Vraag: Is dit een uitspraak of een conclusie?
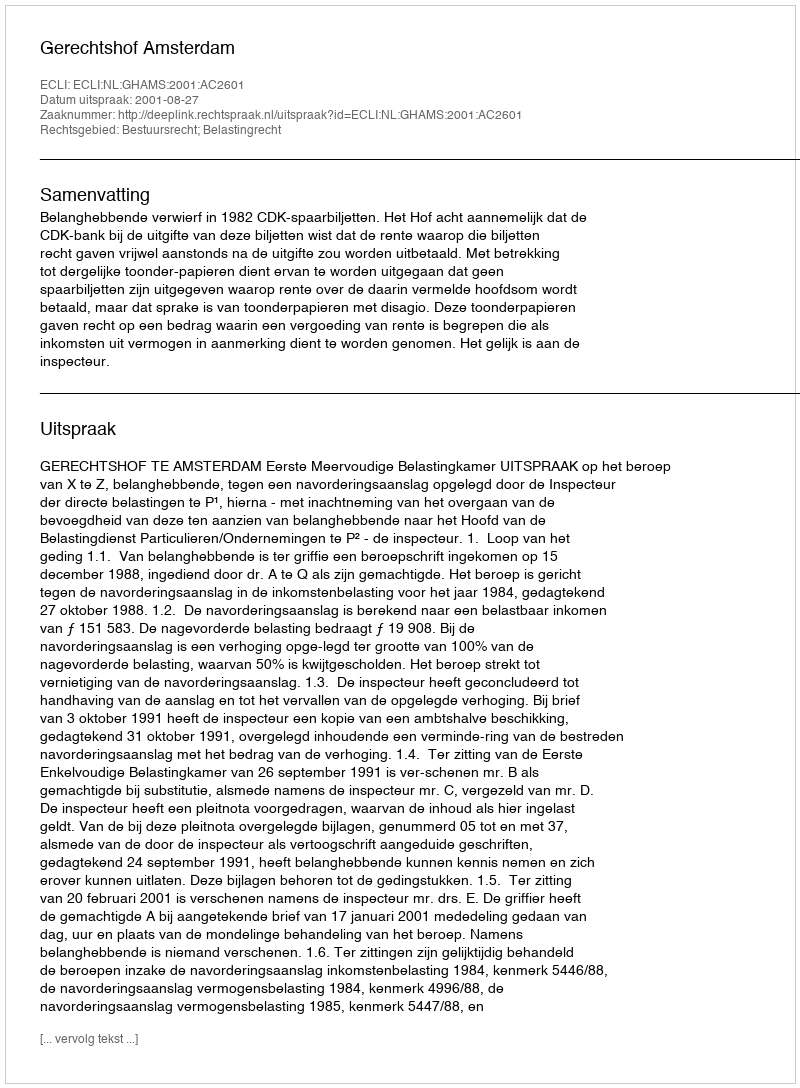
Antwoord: Uitspraak